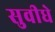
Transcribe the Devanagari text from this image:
सुवीधे